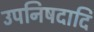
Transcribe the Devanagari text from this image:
उपनिषदादि